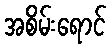
အစိမ်းရောင်